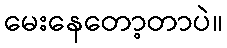
မေးနေတော့တာပဲ။